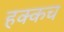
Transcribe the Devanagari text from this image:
हक्कच